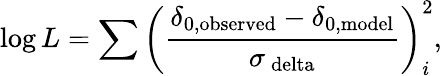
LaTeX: \log L=\sum\left(\frac{\delta_{\mathrm{0,observed}}-\delta_{\mathrm{0,model}}}{\sigma_{\mathrm{\ delta}}}\right)_{i}^{2},